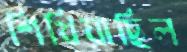
শিখিয়াছিল